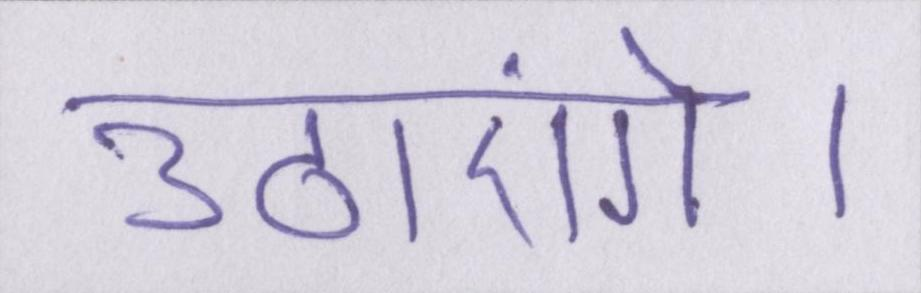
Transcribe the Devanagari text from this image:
उठाएंगे।